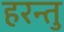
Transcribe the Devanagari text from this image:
हरन्तु